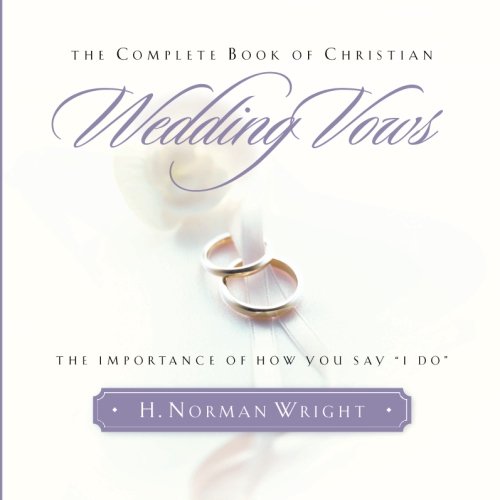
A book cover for The Complete Book of Christian Wedding Vows: The Importance of How You Say "I Do"; H. Norman Wright; Crafts, Hobbies & Home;